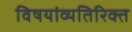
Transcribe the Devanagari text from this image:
विषयांव्यतिरिक्त